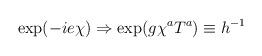
LaTeX: \begin{align*}\exp(-ie\chi)\Rightarrow \exp(g\chi^aT^a)\equiv h^{-1}\end{align*}